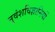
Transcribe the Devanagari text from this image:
नृवंशविज्ञानियों